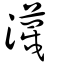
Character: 瀎